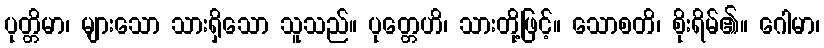
ပုတ္တိမာ၊ များသော သားရှိသော သူသည်။ ပုတ္တေဟိ၊ သားတို့ဖြင့်။ သောစတိ၊ စိုးရိမ်၏။ ဂေါမာ၊